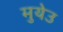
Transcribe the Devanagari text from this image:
मुयेउ